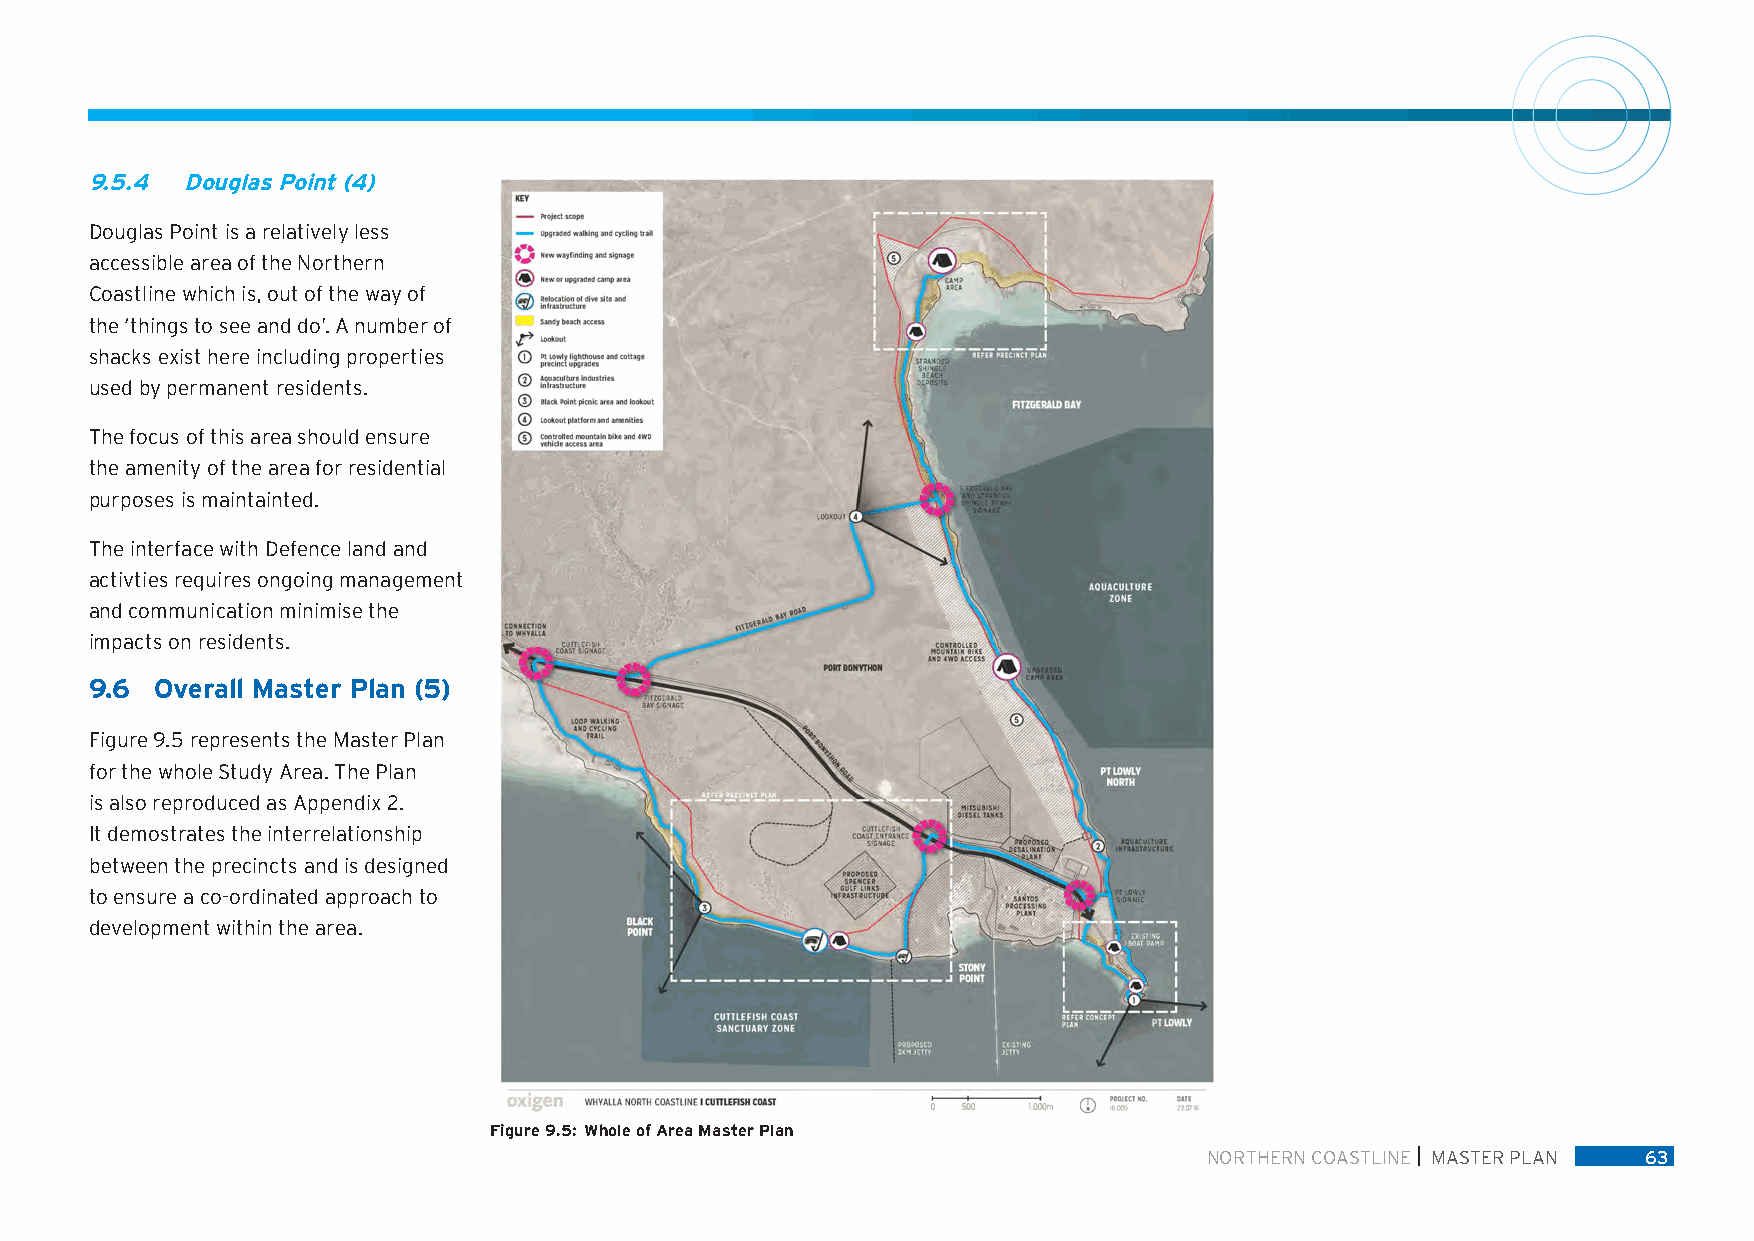
9.5.4 Douglas Point (4)
 Douglas Point is a relatively less
 accessible area of the Northern
 Coastline which is, out of the way of
 the ‘things to see and do’. A number of
 shacks exist here including properties
 used by permanent residents.
 The focus of this area should ensure
 the amenity of the area for residential
 purposes is maintainted.
 The interface with Defence land and
 activties requires ongoing management
 and communication minimise the
 impacts on residents.
 9.6 Overall Master Plan (5)
 Figure 9.5 represents the Master Plan
 for the whole Study Area. The Plan
 is also reproduced as Appendix 2.
 It demostrates the interrelationship
 between the precincts and is designed
 to ensure a co-ordinated approach to
 development within the area.
 Figure 9.5: Whole of Area Master Plan
 NORTHERN COASTLINE MASTER PLAN 63